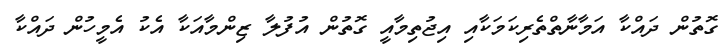
ގޮތުން ދައްކާ އަމާނާތްތެރިކަމަކާއި އިޖުތިމާއީ ގޮތުން އުފުލާ ޒިންމާއަކާ އެކު އެމީހުން ދައްކާ